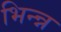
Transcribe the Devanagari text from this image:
भिन्न्न